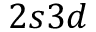
2 s 3 d